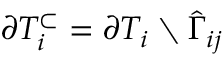
\partial T _ { i } ^ { \subset } = \partial T _ { i } \setminus \widehat { \Gamma } _ { i j }